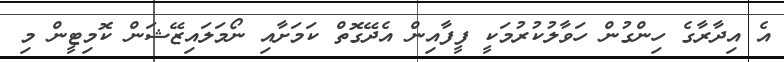
އެ އިދާރާގެ ހިންގުން ހަވާލުކުރުމަކީ ފީފާއިން އެދޭގޮތް ކަމަށާއި ނޯމަލައިޒޭޝަން ކޮމިޓީން މި